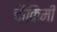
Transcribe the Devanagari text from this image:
चौकिमी